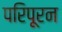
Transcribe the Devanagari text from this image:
परिपूरन